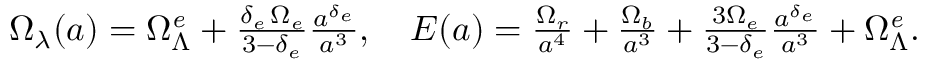
\begin{array} { r } { \Omega _ { \lambda } ( a ) = \Omega _ { \Lambda } ^ { \it e } + \frac { \delta _ { e } \, \Omega _ { e } } { 3 - \delta _ { e } } \frac { a ^ { \delta _ { e } } } { a ^ { 3 } } , \quad E ( a ) = \frac { \Omega _ { r } } { a ^ { 4 } } + \frac { \Omega _ { b } } { a ^ { 3 } } + \frac { 3 \Omega _ { e } } { 3 - \delta _ { e } } \frac { a ^ { \delta _ { e } } } { a ^ { 3 } } + \Omega _ { \Lambda } ^ { \it e } . } \end{array}